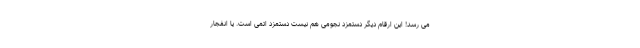
می رسد! این ارقام دیگر دستمزد نجومی هم نیست دستمزد اتمی است. یا انفجار